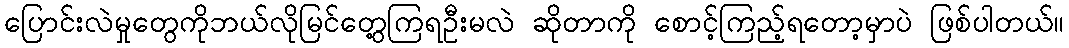
ပြောင်းလဲမှုတွေကိုဘယ်လိုမြင်တွေ့ကြရဦးမလဲ ဆိုတာကို စောင့်ကြည့်ရတော့မှာပဲ ဖြစ်ပါတယ်။